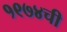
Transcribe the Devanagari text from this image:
१९७४ची